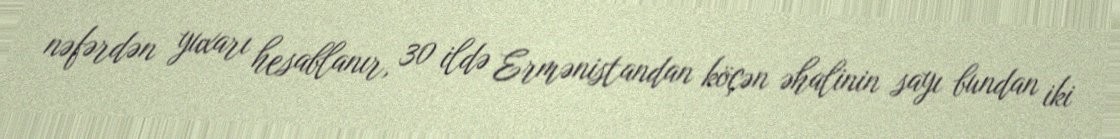
nəfərdən yuxarı hesablanır, 30 ildə Ermənistandan köçən əhalinin sayı bundan iki